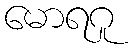
မောရဂူ